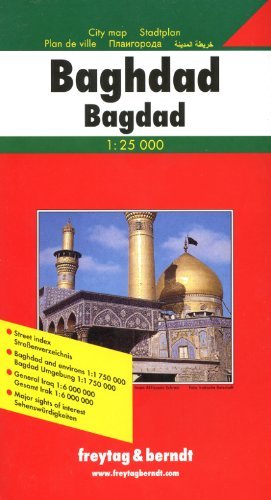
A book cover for Baghdad (City Map) (English, French, German and Russian Edition); fb; Travel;